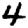
Digit: 4